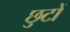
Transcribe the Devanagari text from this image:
छुटों